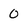
Character: 0